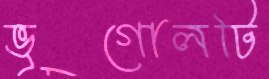
ভূগোলটি